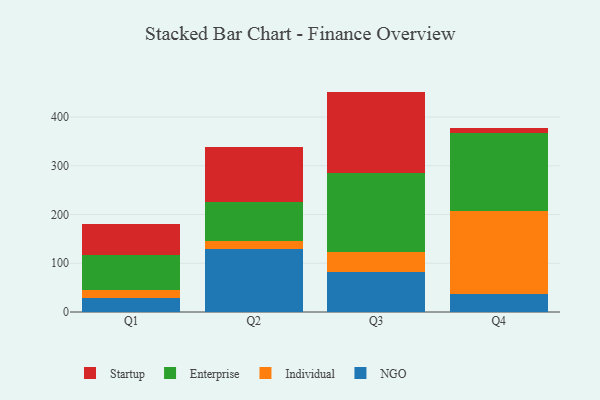
{"axis": {"x": "Quarter", "y": "Net Income (USD K)"}, "legend": ["Enterprise", "Individual", "NGO", "Startup"], "data": [{"x": "Q1", "y": 28.4, "type": "NGO"}, {"x": "Q1", "y": 16.0, "type": "Individual"}, {"x": "Q1", "y": 72.0, "type": "Enterprise"}, {"x": "Q1", "y": 64.2, "type": "Startup"}, {"x": "Q2", "y": 128.4, "type": "NGO"}, {"x": "Q2", "y": 16.6, "type": "Individual"}, {"x": "Q2", "y": 81.7, "type": "Enterprise"}, {"x": "Q2", "y": 111.5, "type": "Startup"}, {"x": "Q3", "y": 81.6, "type": "NGO"}, {"x": "Q3", "y": 41.9, "type": "Individual"}, {"x": "Q3", "y": 162.2, "type": "Enterprise"}, {"x": "Q3", "y": 166.5, "type": "Startup"}, {"x": "Q4", "y": 36.9, "type": "NGO"}, {"x": "Q4", "y": 171.2, "type": "Individual"}, {"x": "Q4", "y": 158.7, "type": "Enterprise"}, {"x": "Q4", "y": 10.0, "type": "Startup"}]}